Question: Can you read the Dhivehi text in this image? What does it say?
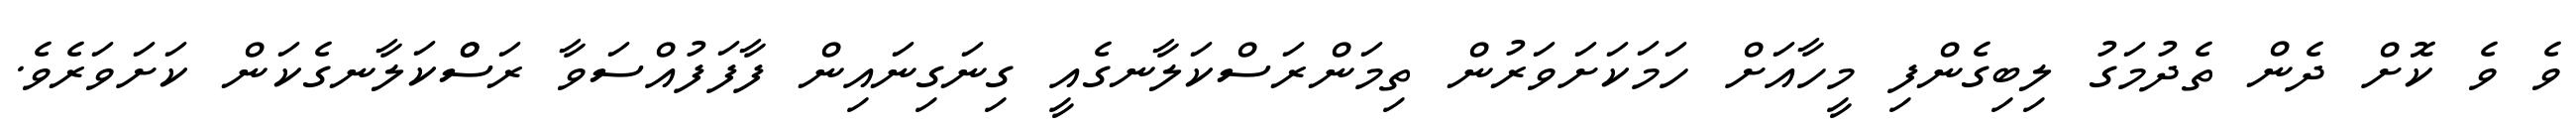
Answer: ވެ ވެ ކޮށް ދެން ތެދުމަގު ލިބިގެންފި މީހާއަށް ހަމަކަށަވަރުން ތިމަންރަސްކަލާނގެއީ ގިނަގިނައިން ފާފަފުއްސަވާ ރަސްްކަލާނގެކަން ކަށަވަރެވެ.